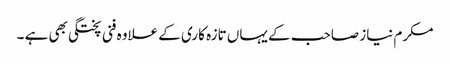
مکرم نیاز صاحب کے یہاں تازہ کاری کے علاوہ فنی پختگی بھی ہے ۔